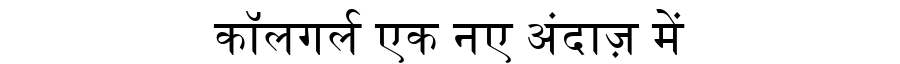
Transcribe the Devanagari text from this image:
कॉलगर्ल एक नए अंदाज़ में